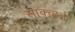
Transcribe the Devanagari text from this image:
साक्च्हर्त